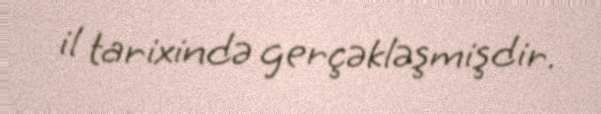
il tarixində gerçəkləşmişdir.